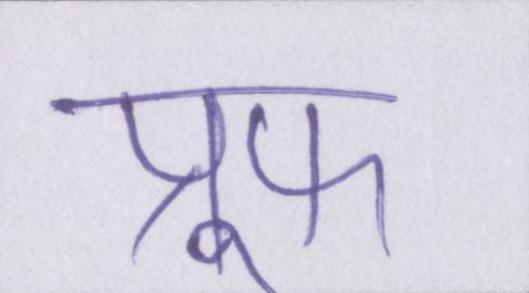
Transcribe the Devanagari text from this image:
प्रूफ